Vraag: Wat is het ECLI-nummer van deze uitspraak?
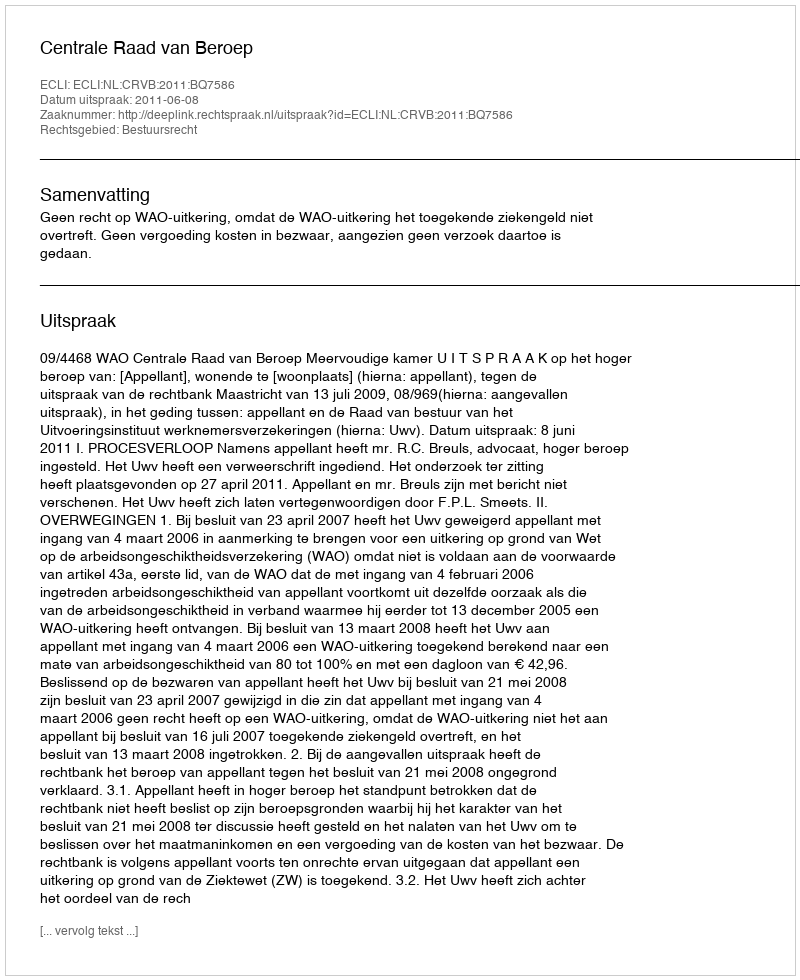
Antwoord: ECLI:NL:CRVB:2011:BQ7586